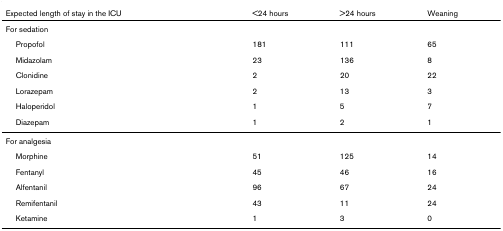
| Expected length of stay in the ICU | <24 hours | >24 hours | Weaning |
 | --- | --- | --- | --- |
 | <COLSPAN=4> For sedation |
 | Propofol | 181 | 111 | 65 |
 | Midazolam | 23 | 136 | 8 |
 | Clonidine | 2 | 20 | 22 |
 | Lorazepam | 2 | 13 | 3 |
 | Haloperidol | 1 | 5 | 7 |
 | Diazepam | 1 | 2 | 1 |
 | <COLSPAN=4> For analgesia |
 | Morphine | 51 | 125 | 14 |
 | Fentanyl | 45 | 46 | 16 |
 | Alfentanil | 96 | 67 | 24 |
 | Remifentanil | 43 | 11 | 24 |
 | Ketamine | 1 | 3 | 0 |